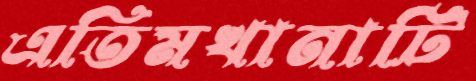
এতিমখানাটি